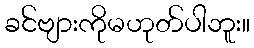
ခင်ဗျားကိုမဟုတ်ပါဘူး။